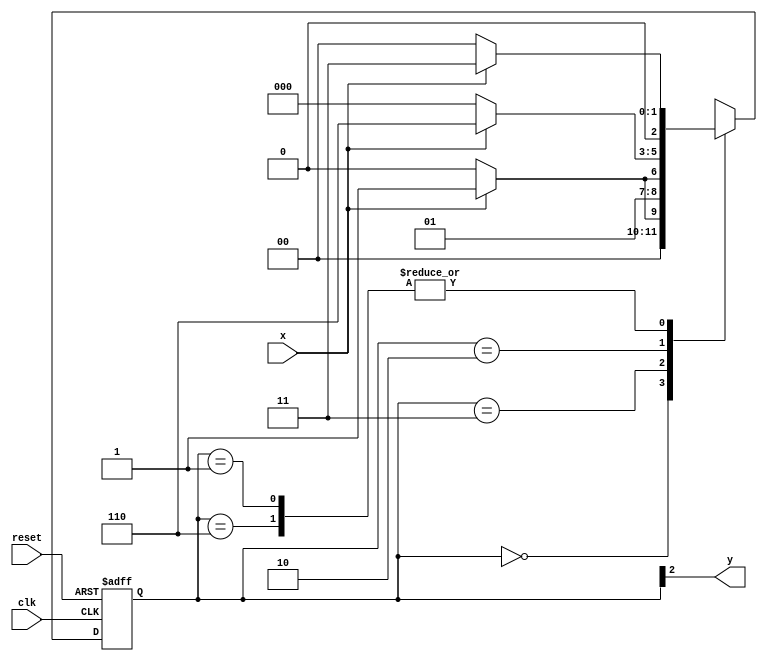
// -------------- 
// --- Moore FSM 
// -------------- 
 
/* 
                                          Moore FSM Diagram 
                                       ____________________ 
                                      /                                         \ 
              1             1      v        0                  1        1 |   // found 
   [start] ---> [id1] ---> [id11] ---> [id110] ---> [id1101] 
     ^  \0         0 |           1/   ^             0 |          0 | 
      \_/             /              \__/               |            | 
       \_______/                                   /             | 
        \                                               /             / 
         \______________________/             / 
          \                                                       / 
           \__________________________/ 
 
*/ 
 
// constant definition 
`define found       1 
`define notfound 0 
 
// FSM by Moore 
module  moore1101 ( y, x, clk, reset ); 
 output y; 
 input   x; 
 input   clk; 
 input   reset; 
 
 reg      y; 
 
 parameter        // state identifiers 
   start     = 3'b000, 
   id1       = 3'b001, 
   id11     = 3'b011, 
   id110   = 3'b010, 
   id1101 = 3'b110;  //  signal found 
 
   reg [2:0] E1; // current state variables 
   reg [2:0] E2; // next state logic output 
 
 
 
// next state logic 
   always @( x or E1 ) 
    begin 
     case( E1 ) 
      start: 
        if ( x ) 
         E2 = id1; 
        else 
         E2 = start; 
      id1: 
        if ( x ) 
         E2 = id11; 
        else 
         E2 = start; 
      id11: 
        if ( x ) 
         E2 = id11; 
        else 
         E2 = id110; 
      id110: 
        if ( x ) 
         E2 = id1101; 
        else 
         E2 = start; 
      id1101: 
        if ( x ) 
         E2 = id11; 
        else 
         E2 = start; 
     default:   // undefined statee   
         E2 = 3'bxxx; 
     endcase 
    end // always at signal or state changing 
 
// state variables 
   always @( posedge clk or negedge reset ) 
    begin 
     if ( reset ) 
      E1 = E2;    // updates current state 
     else 
      E1 = 0;     // reset 
    end // always at signal changing 
 
// output logic 
   always @( E1 ) 
    begin 
     y = E1[2];   // first bit of state value 
    end // always at state changing 
 
endmodule // moore1101